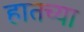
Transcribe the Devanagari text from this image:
हातच्या